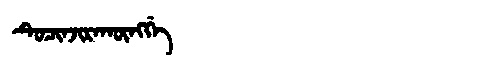
Manchu: ᡨᡠᠴᡳᠨᠵᡳᡵᠠᡴᡡᠩᡤᡝ
Romanization: TUCINJIRAKŪNGGE